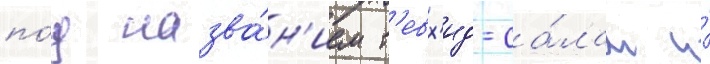
по́д назва́н'ием т'евх'ид-са́лам и́